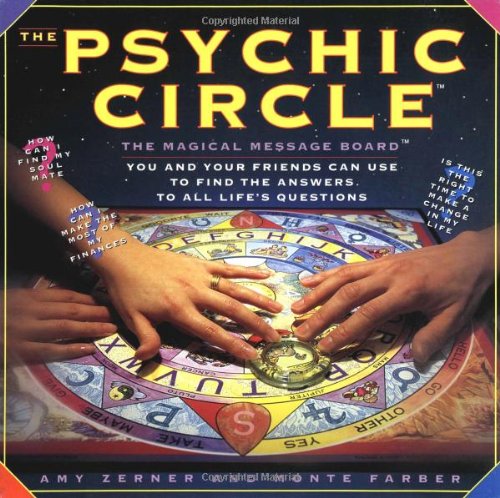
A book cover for The Psychic Circle: The Magical Message Board; Amy Zerner; Humor & Entertainment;